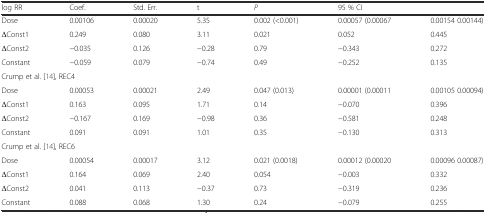
| log RR | Coef. | Std. Err. | t | P | 95 % CI |  |
 | --- | --- | --- | --- | --- | --- | --- |
 | Dose | 0.00106 | 0.00020 | 5.35 | 0.002 (<0.001) | 0.00057 (0.00067 | 0.00154 0.00144) |
 | ΔConst1 | 0.249 | 0.080 | 3.11 | 0.021 | 0.052 | 0.445 |
 | ΔConst2 | −0.035 | 0.126 | −0.28 | 0.79 | −0.343 | 0.272 |
 | Constant | −0.059 | 0.079 | −0.74 | 0.49 | −0.252 | 0.135 |
 | <COLSPAN=7> Crump et al. [14], REC4 |
 | Dose | 0.00053 | 0.00021 | 2.49 | 0.047 (0.013) | 0.00001 (0.00011 | 0.00105 0.00094) |
 | ΔConst1 | 0.163 | 0.095 | 1.71 | 0.14 | −0.070 | 0.396 |
 | ΔConst2 | −0.167 | 0.169 | −0.98 | 0.36 | −0.581 | 0.248 |
 | Constant | 0.091 | 0.091 | 1.01 | 0.35 | −0.130 | 0.313 |
 | <COLSPAN=7> Crump et al. [14], REC6 |
 | Dose | 0.00054 | 0.00017 | 3.12 | 0.021 (0.0018) | 0.00012 (0.00020 | 0.00096 0.00087) |
 | ΔConst1 | 0.164 | 0.069 | 2.40 | 0.054 | −0.003 | 0.332 |
 | ΔConst2 | 0.041 | 0.113 | −0.37 | 0.73 | −0.319 | 0.236 |
 | Constant | 0.088 | 0.068 | 1.30 | 0.24 | −0.079 | 0.255 |